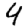
Digit: 4